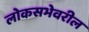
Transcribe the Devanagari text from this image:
लोकसभेवरील